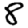
Digit: 8